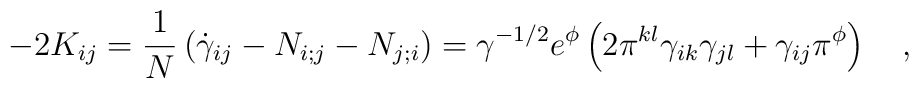
-2K_{ij}=\frac{1}{N} \left( \dot{\gamma}_{ij}-N_{i;j}-N_{j;i} \right) =\gamma^{-1/2}e^{\phi}\left( 2\pi^{kl}\gamma_{ik}\gamma_{jl}+\gamma_{ij}\pi^{\phi} \right) ~~~,